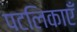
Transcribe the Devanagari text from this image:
पटलिकाएँ